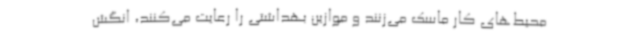
محیط‌های کار ماسک می‌زنند و موازین بهداشتی را رعایت می‌کنند، انگش